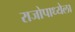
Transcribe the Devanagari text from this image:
राजोपाध्येला